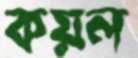
কয়ল